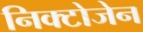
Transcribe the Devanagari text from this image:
निक्टोजेन